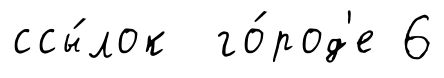
ссы́лок го́род'е 6